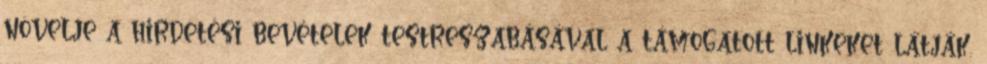
növelje a hirdetési bevételek testreszabásával a támogatott linkeket látják.